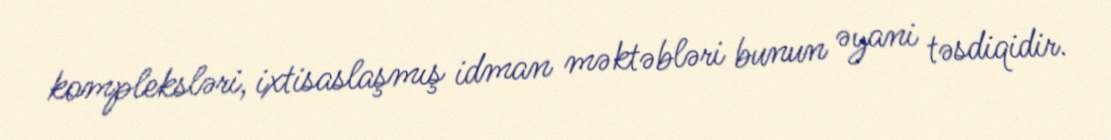
kompleksləri, ixtisaslaşmış idman məktəbləri bunun əyani təsdiqidir.